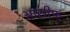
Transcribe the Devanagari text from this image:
आसीफ